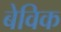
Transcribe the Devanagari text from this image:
बेविक